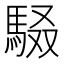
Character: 𮩾